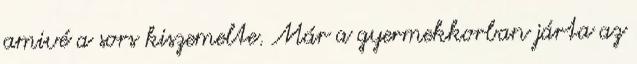
amivé a sors kiszemelte. Már a gyermekkorban járta az